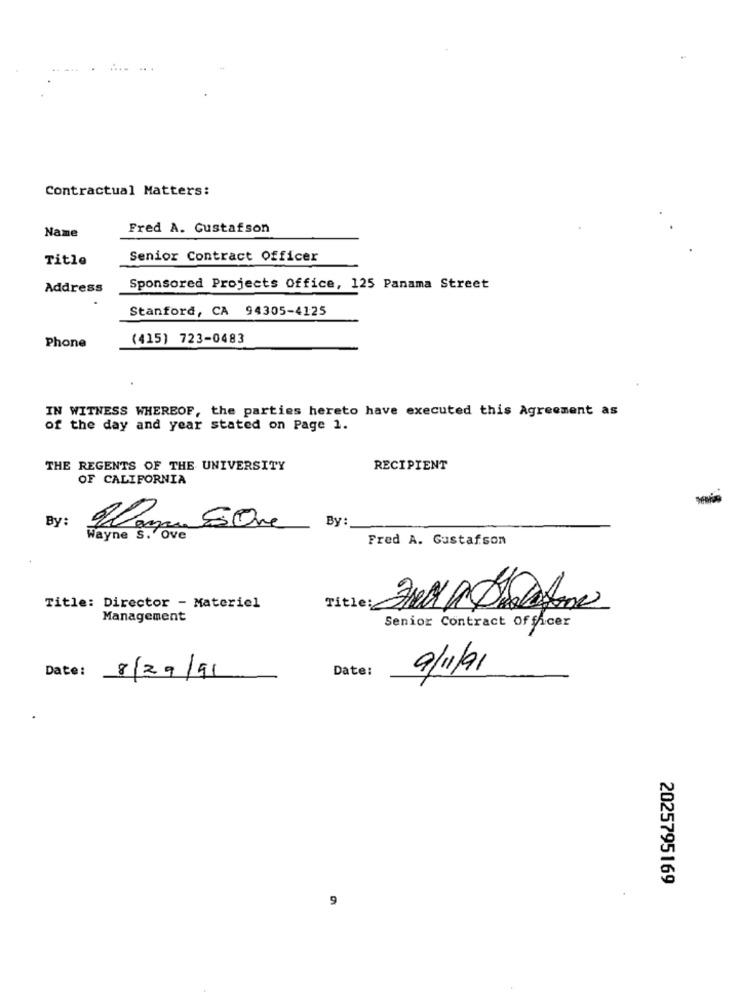
Contractual Matters:
Name
Fred A. Gustafson
Title
Senior Contract Officer
Address
Sponsored Projects Office, 125 Panama Street
Stanford, CA 94305-4125
(415) 723-0483
Phone
IN WITNESS WHEREOF, the parties hereto have executed this Agreement as
of the day and year stated on Page 1.
THE REGENTS OF THE UNIVERSITY
RECIPIENT
OF CALIFORNIA
Cama 5 One
BY
By:
Wayne S. Ove
Fred A. Gustafson
Title: Director - Materiel
Title:
Management
Senior Contract Officer
Date:
8/29/91
Date:
9/11/91
2025795169